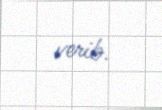
verib.